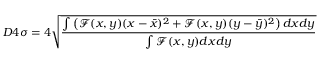
D 4 \sigma = 4 \sqrt { \frac { \int \left( \mathcal { F } ( x , y ) ( x - \bar { x } ) ^ { 2 } + \mathcal { F } ( x , y ) ( y - \bar { y } ) ^ { 2 } \right) d x d y } { \int \mathcal { F } ( x , y ) d x d y } }